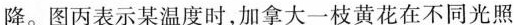
降。图丙表示某温度时，加拿大一枝黄花在不同光照